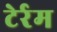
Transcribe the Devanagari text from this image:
टेर्रम